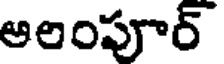
అలంపూర్